Civil Veterinary Department Bihar reports 1936-40 - 1936-1940
Year: 1936
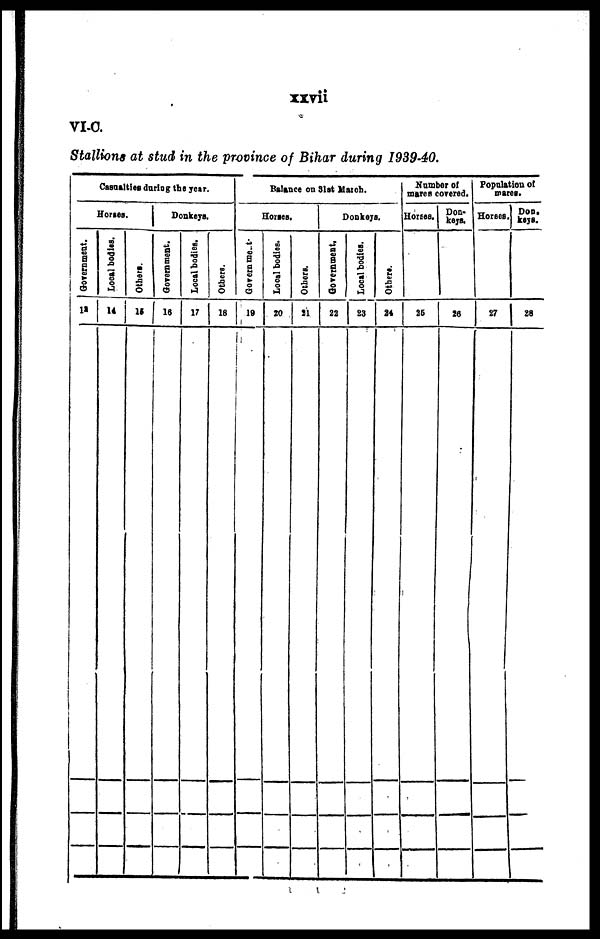
xxvii
VI-C.
Stallions at stud in the province of Bihar during 1939-40.
Casualties during the year.
Horses.
Government.
13
Local bodies.
14
Others.
15
Donkeys.
Government.
16
Local bodies.
17
Others.
18
Balance on 31st March.
Horses.
Government-
19
Local bodies.
20
Others.
21
Donkeys.
Government.
22
Local bodies.
23
Others.
24
Number of
mares covered.
Horses.
25
Don-
keys.
26
Population of
mares.
Horses.
27
Don.
keys.
28